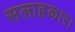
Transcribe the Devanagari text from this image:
सलाहकार।